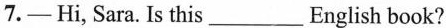
7.—Hi,Sara. Is this___English book?